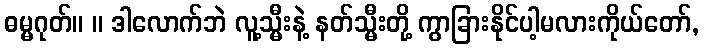
ဓမ္မဂုတ်။ ။ ဒါလောက်ဘဲ လူ့သ္မီးနဲ့ နတ်သ္မီးတို့ ကွာခြားနိုင်ပါ့မလားကိုယ်တော်,